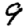
Digit: 9